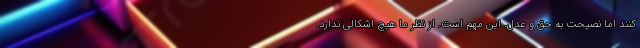
کنند اما نصیحت به حق و عدل. این مهم است. از نظر ما هیچ اشکالی ندارد.